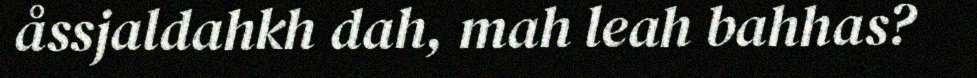
åssjaldahkh dah, mah leah bahhas?